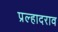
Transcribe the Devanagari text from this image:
प्रल्हादराव